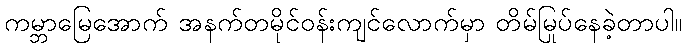
ကမ္ဘာမြေအောက် အနက်တမိုင်ဝန်းကျင်လောက်မှာ တိမ်မြုပ်နေခဲ့တာပါ။